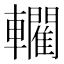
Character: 𨏦